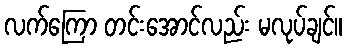
လက်ကြော တင်းအောင်လည်း မလုပ်ချင်။